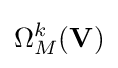
\Omega _{M}^{k}(\mathbf {V} )